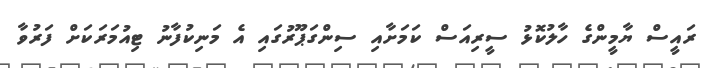
ރައީސް ޔާމީންގެ ހާލުކޮޅު ސީރިއަސް ކަމަށާއި ސިންގަޕޫރުގައި އެ މަނިކުފާނު ޓިއުމަރަކަށް ފަރުވާ